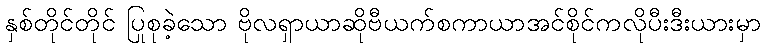
နှစ်တိုင်တိုင် ပြုစုခဲ့သော ဗိုလရှာယာဆိုဗီယက်စကာယာအင်စိုင်ကလိုပီးဒီးယားမှာ